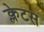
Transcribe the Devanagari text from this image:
क्लेटस